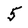
Character: 5